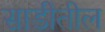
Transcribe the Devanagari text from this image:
साडीतील